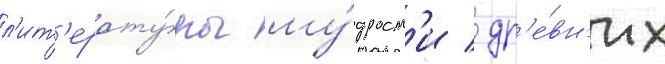
л'ит'ерату́ры му́дрост'и / др'е́вн'их